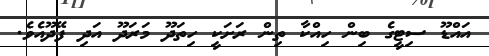
އައްޑޫ ސިޓީގެ ބިން ހިއްކާ ތިން ރަށަކީ ހިތަދޫ މަރަދޫ އަދި ފޭދޫއެވެ.